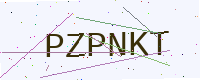
Text: PZPNKT